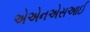
એએનએસઆઈ